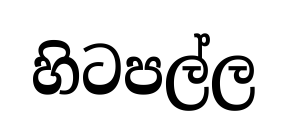
හිටපල්ල